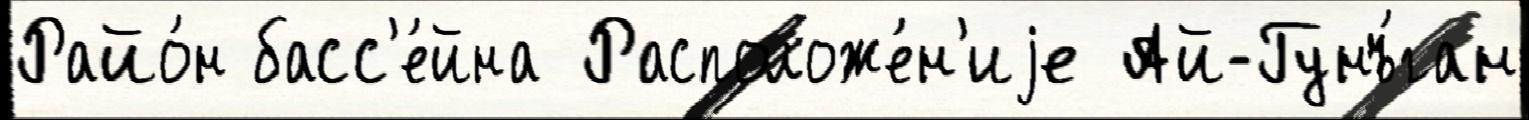
Райо́н басс'е́йна Расположе́н'иjе Ай-Гунъ́ган